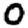
Digit: 0